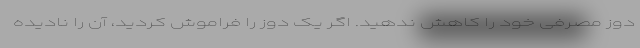
دوز مصرفی خود را کاهش ندهید. اگر یک دوز را فراموش کردید، آن را نادیده